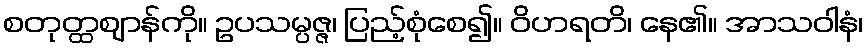
စတုတ္ထဈာန်ကို။ ဥပသမ္ပဇ္ဇ၊ ပြည့်စုံစေ၍။ ဝိဟရတိ၊ နေ၏။ အာသဝါနံ၊